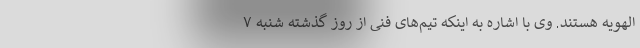
الهویه هستند. وی با اشاره به اینکه تیم‌های فنی از روز گذشته شنبه ۷